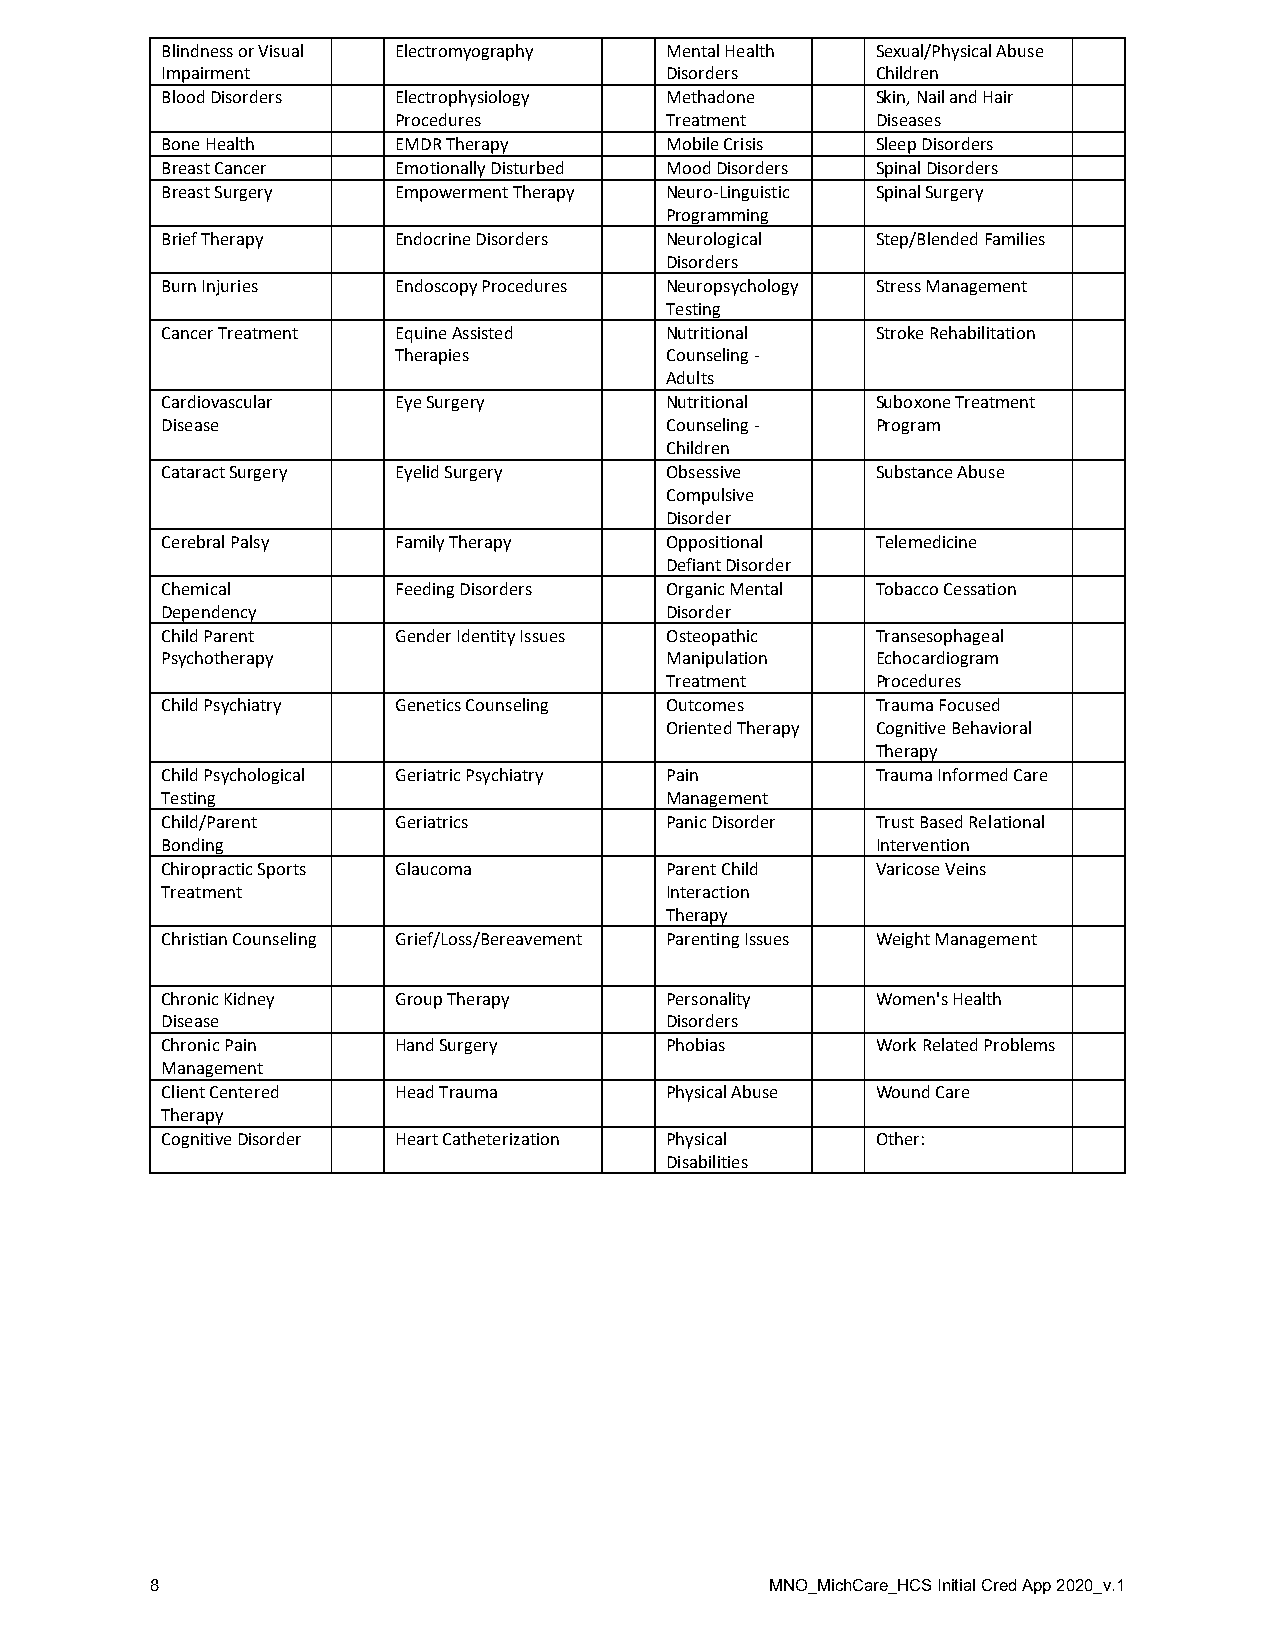
Blindness or Visual Electromyography Mental Health Sexual/Physical Abuse
 Impairment                       Disorders     Children
 Blood Disorders Electrophysiology Methadone    Skin, Nail and Hair
 Procedures        Treatment     Diseases
 Bone Health    EMDR Therapy      Mobile Crisis Sleep Disorders
 Breast Cancer  Emotionally Disturbed Mood Disorders Spinal Disorders
 Breast Surgery Empowerment Therapy Neuro-Linguistic Spinal Surgery
 Programming
 Brief Therapy  Endocrine Disorders Neurological Step/Blended Families
 Disorders
 Burn Injuries  Endoscopy Procedures Neuropsychology Stress Management
 Testing
 Cancer Treatment Equine Assisted Nutritional   Stroke Rehabilitation
 Therapies         Counseling -
 Adults
 Cardiovascular Eye Surgery       Nutritional   Suboxone Treatment
 Disease                          Counseling -  Program
 Children
 Cataract Surgery Eyelid Surgery  Obsessive     Substance Abuse
 Compulsive
 Disorder
 Cerebral Palsy Family Therapy    Oppositional  Telemedicine
 Defiant Disorder
 Chemical       Feeding Disorders Organic Mental Tobacco Cessation
 Dependency                       Disorder
 Child Parent   Gender Identity Issues Osteopathic Transesophageal
 Psychotherapy                    Manipulation  Echocardiogram
 Treatment     Procedures
 Child Psychiatry Genetics Counseling Outcomes  Trauma Focused
 Oriented Therapy Cognitive Behavioral
 Therapy
 Child Psychological Geriatric Psychiatry Pain  Trauma Informed Care
 Testing                          Management
 Child/Parent   Geriatrics        Panic Disorder Trust Based Relational
 Bonding                                        Intervention
 Chiropractic Sports Glaucoma     Parent Child  Varicose Veins
 Treatment                        Interaction
 Therapy
 Christian Counseling Grief/Loss/Bereavement Parenting Issues Weight Management
 Chronic Kidney Group Therapy     Personality   Women's Health
 Disease                          Disorders
 Chronic Pain   Hand Surgery      Phobias       Work Related Problems
 Management
 Client Centered Head Trauma      Physical Abuse Wound Care
 Therapy
 Cognitive Disorder Heart Catheterization Physical Other:
 Disabilities
 8                                        MNO_MichCare_HCS Initial Cred App 2020_v.1